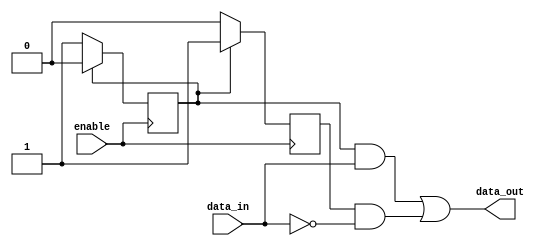
module push_pull_buffer (
    input wire enable,
    input wire data_in,
    output reg data_out
);

reg pnp_transistor;
reg npn_transistor;

always @(posedge enable) begin
    if (pnp_transistor) begin
        pnp_transistor <= 0;
        npn_transistor <= 1;
    end else begin
        pnp_transistor <= 1;
        npn_transistor <= 0;
    end
end

assign data_out = (pnp_transistor & data_in) | (npn_transistor & ~data_in);

endmodule